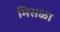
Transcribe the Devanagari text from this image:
मिसळा